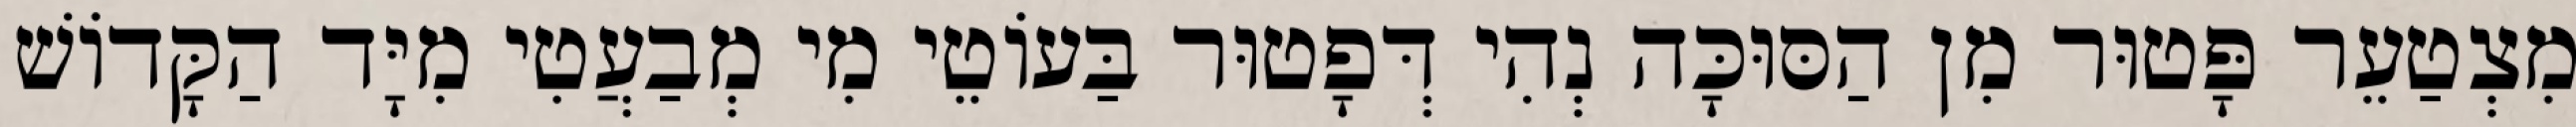
מִצְטַעֵר פָּטוּר מִן הַסּוּכָּה נְהִי דְּפָטוּר בַּעוֹטֵי מִי מְבַעֲטִי מִיָּד הַקָּדוֹשׁ